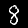
Digit: 8